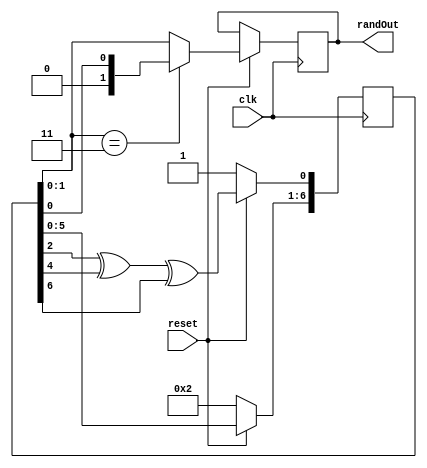
module RandomNumGen(randOut,clk,reset);
	input clk,reset;
	output reg[1:0] randOut;
	reg[6:0] LFSR;
	reg time_out;
	
	always @(posedge clk)
	begin
		if(reset==0) begin
			LFSR<=7'b0000101;
		end
		else begin
			//if(enable==1) begin
				time_out<=0;
				LFSR[0] <= LFSR[2] ^ LFSR[4] ^ LFSR[6];
				LFSR[6:1] <= LFSR[5:0];
				if(LFSR[1:0]==2'b11) begin
					randOut<={1'b0,LFSR[0]};
				end
				else begin
					randOut<=LFSR[1:0];
				end
				//if(LFSR==8) begin
					//time_out<=1;
				//end
				//if(time_out) begin
					//LFSR<=7'b0000101;
					//time_out<=0;
				//end
			//end
		end
	end

  //assign randOut = LFSR;
endmodule